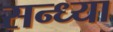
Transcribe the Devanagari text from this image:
सन्‍ध्‍या